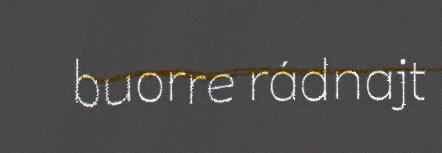
buorre rádnajt